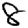
Digit: 8